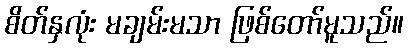
စိတ်နှလုံး မချမ်းမသာ ဖြစ်တော်မူသည်။